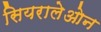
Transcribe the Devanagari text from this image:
सियरालेओन